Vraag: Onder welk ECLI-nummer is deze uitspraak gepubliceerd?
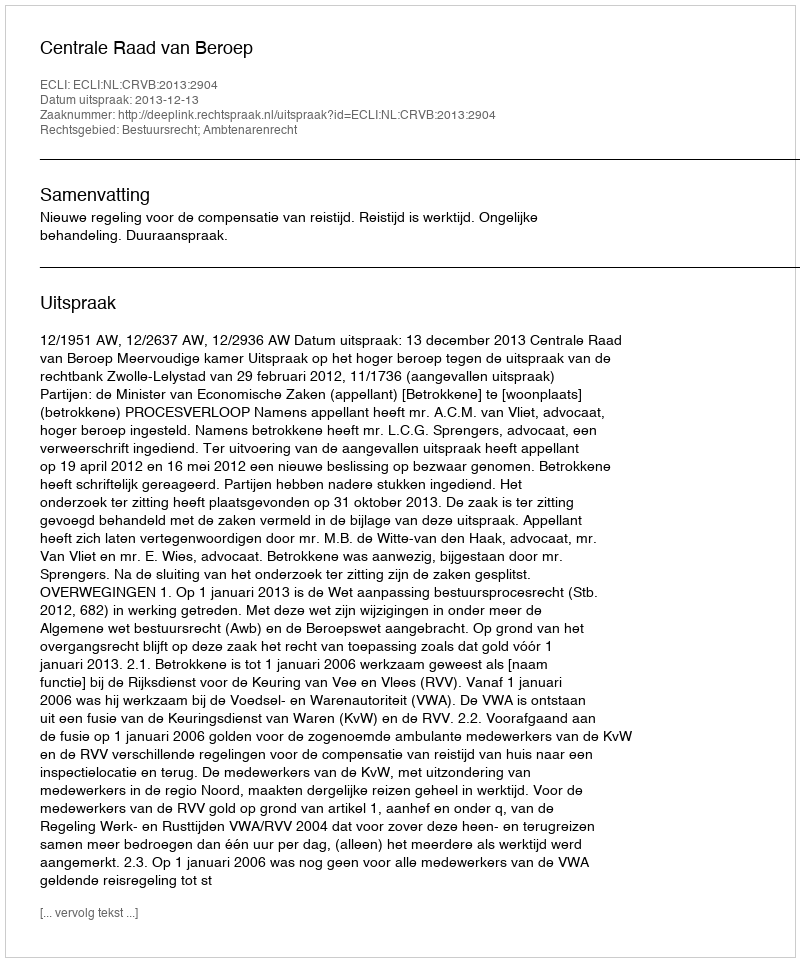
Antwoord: ECLI:NL:CRVB:2013:2904